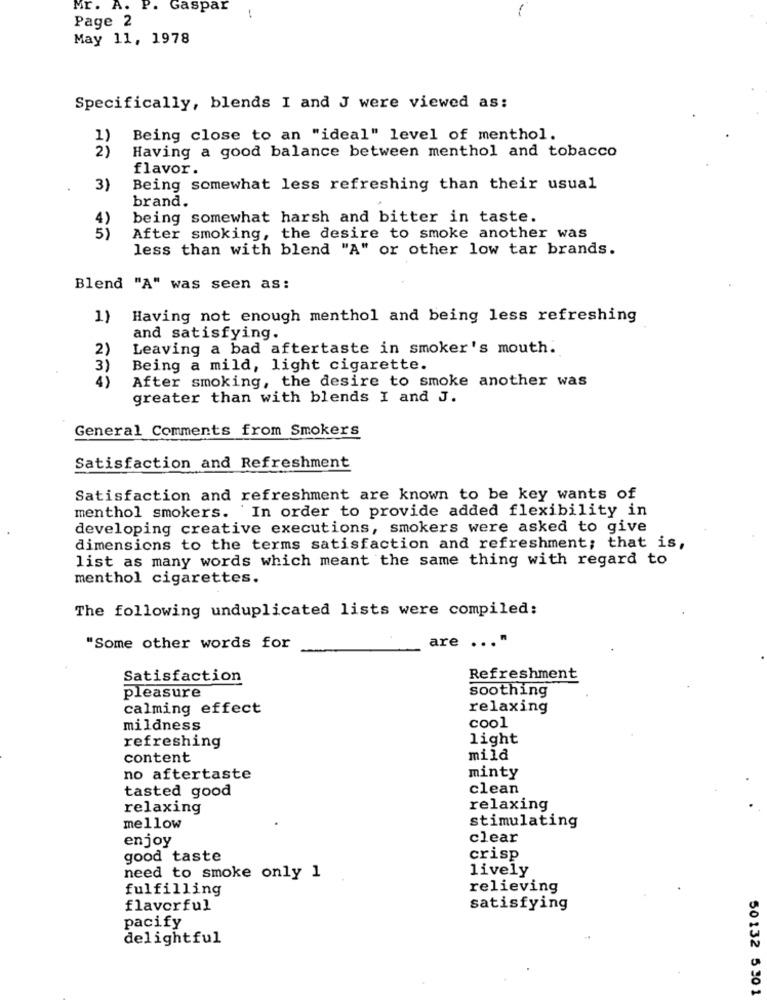
Mr. A.
P. Gaspar
-
Page 2
May 11, 1978
Specifically, blends I and J were viewed as:
1)
Being close to an "ideal" level of menthol.
2)
Having a good balance between menthol and tobacco
flavor.
.
3)
Being somewhat less refreshing than their usual
brand.
4)
being somewhat harsh and bitter in taste.
51
After smoking, the desire to smoke another was
less than with blend "A" or other low tar brands.
Blend "A" was seen as:
1)
Having not enough menthol and being less refreshing
and satisfying.
2)
Leaving a bad aftertaste in smoker's mouth.
3)
Being a mild, light cigarette.
4)
After smoking, the desire to smoke another was
greater than with blends I and J.
General Comments from Smokers
Satisfaction and Refreshment
Satisfaction and refreshment are known to be key wants of
menthol smokers. In order to provide added flexibility in
developing creative executions, smokers were asked to give
dimensions to the terms satisfaction and refreshment; that is,
list as many words which meant the same thing with regard to
menthol cigarettes.
The following unduplicated lists were compiled:
are ... "
"Some other words for
Satisfaction
Refreshment
soothing
pleasure
calming effect
relaxing
cool
mildness
light
refreshing
content
mila
no aftertaste
minty
tasted good
clean
relaxing
relaxing
stimulating
mellow
enjoy
clear
good taste
crisp
lively
need to smoke only 1
fulfilling
relieving
flavorful
satisfying
pacify
delightful
50132 5 30 1